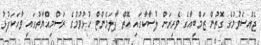
ޖެއްސެވުމުގެ ގޮތުން ޒަމްބިއާގެ ވެރިރަށް ލުސާކާގައި އޮތް ޕާލަމެންޓް ހުޅުވުމުގެ ރަސްމިއްޔާތުގައި ވާހަކަފުޅު